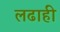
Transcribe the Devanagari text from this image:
लढाही